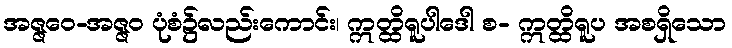
အဇ္ဇဝေ-အဇ္ဇဝ ပုံစံ၌လည်းကောင်း၊ ဣတ္ထိရူပါဒေါ စ- ဣတ္ထိရူပ အစရှိသော